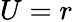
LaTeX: U=r